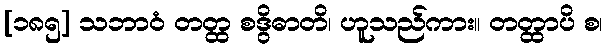
[၁၈၅] သဘာဝံ တတ္ထ စဒွိဓာတိ၊ ဟူသည်ကား။ တတ္ထာပိ စ၊